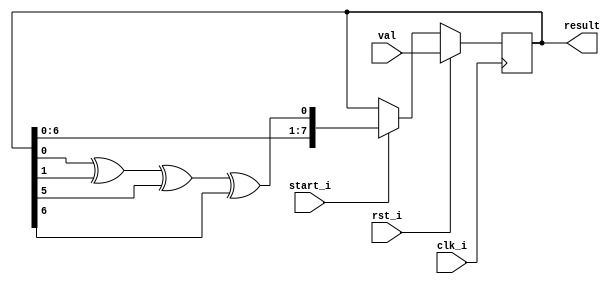
`timescale 1ns / 1ps

module lfsr_1 (
    input wire clk_i,
    input wire rst_i,
    input wire [ 7 : 0 ] val,
    input wire start_i,
    output wire [ 7 : 0 ] result //   ?
);

reg [7:0] register;
assign result = register;

always @(posedge clk_i) begin
    if (rst_i) begin
        register <= val;
    end else if (start_i) begin
        register = {register[6:0],(register[0]^register[1]^register[5]^register[6])};
    end
end
endmodule